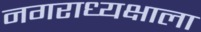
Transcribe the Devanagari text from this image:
नगराध्यक्षाला